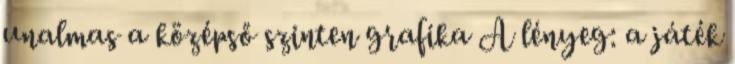
unalmas a középső szinten grafika A lényeg: a játék